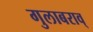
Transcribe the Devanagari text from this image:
गुलाबराव्